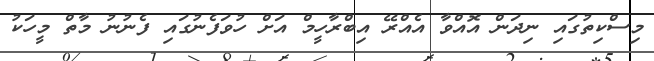
މިސްކިތުގައި ނިދަން އޮއްވާ އެއްރޭ އިބްރާހީމް އަށް ހުވަފެނުގައި ފެނުނު މާތް މީހަކު